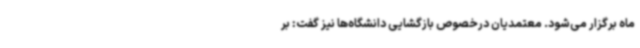
ماه برگزار می‌شود. معتمدیان درخصوص بازگشایی دانشگاه‌ها نیز گفت: بر